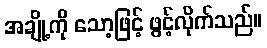
အချို့ကို သော့ဖြင့် ဖွင့်လိုက်သည်။